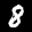
Label: 8